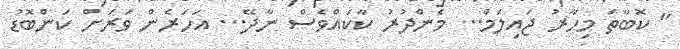
" ކޮބާތަ މިހާރު ޖައިލަމް... މެންދުރު ކާކައްވެސް ނާދޭ... އަހަރެން ވަރަށް ކަންބޮޑު